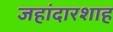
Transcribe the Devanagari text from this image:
जहांदारशाह